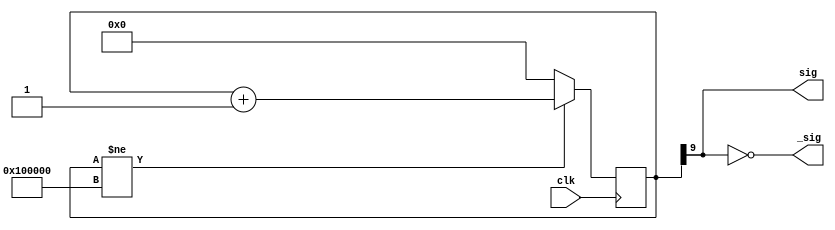
module false_pll (
		input clk,
		output sig,
		output _sig
	);
	
reg [20:0] counter = 0;

assign sig  = counter[9];
assign _sig = ~sig;

always @(posedge clk)
	if (counter!= 1048576) //<<1'b1
		counter <= counter + 1'b1;
	else
		counter <= 0;
endmodule